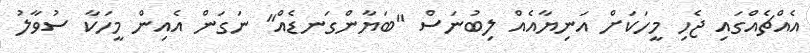
އެއްޗެއްގައި ޖެހި މީހަކަށް އަނިޔާއެއް ލިބުނަސް "ބަޔާންގަނޑެއް" ނަގަން އެއިން މީހަކާ ސުވާލު